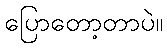
ပြောတော့တာပဲ။